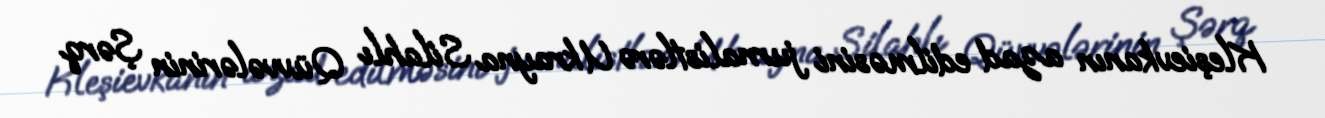
Kleşievkanın azad edilməsini jurnalistlərə Ukrayna Silahlı Qüvvələrinin Şərq